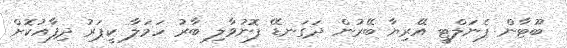
ބޫޓާން ޕެނަލްޓީ އޭރިޔާ ބޭރުން ދަގަނޑޭ ފޮނުވާލި ބާރު ހަމަލާ ކީޕަރު ދިފާއުކޮށް